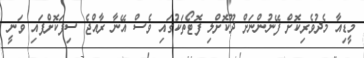
މީޑިއާ މެދުވެރިކޮށް ފޭނުންނަށް ދޫކޮށްލި ފޮޓޯތަކުގައި ވެސް އޭނާ ރާއްޖެ ސިފަކޮށްފައި ވަނީ